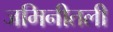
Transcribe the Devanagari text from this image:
जमिनीतली